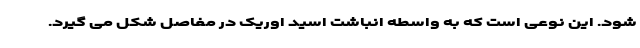
شود. این نوعی است که به واسطه انباشت اسید اوریک در مفاصل شکل می گیرد.